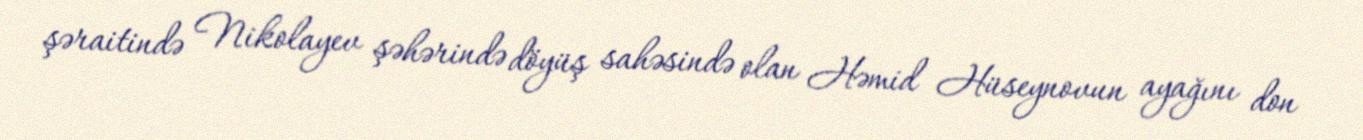
şəraitində Nikolayev şəhərində döyüş sahəsində olan Həmid Hüseynovun ayağını don